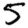
Digit: 5